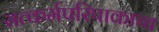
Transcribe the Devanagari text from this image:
सत्कर्मपरिपाकाच्च